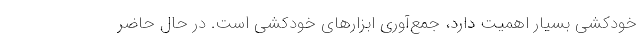
خودکشی بسیار اهمیت دارد، جمع‌آوری ابزارهای خودکشی است. در حال حاضر